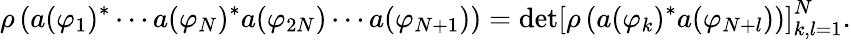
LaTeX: \rho\left(a(\varphi_{1})^{\ast}\cdots a(\varphi_{N})^{\ast}a(\varphi_{2N})\cdots a(\varphi_{N+1})\right)=\mathrm{det}\left[\rho\left(a(\varphi_{k})^{\ast}a(\varphi_{N+l})\right)\right]_{k,l=1}^{N}.